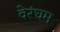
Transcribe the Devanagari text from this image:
वेरंघम